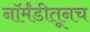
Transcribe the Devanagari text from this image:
नॉर्मंडीतूनच